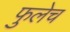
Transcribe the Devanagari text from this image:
फुलेच